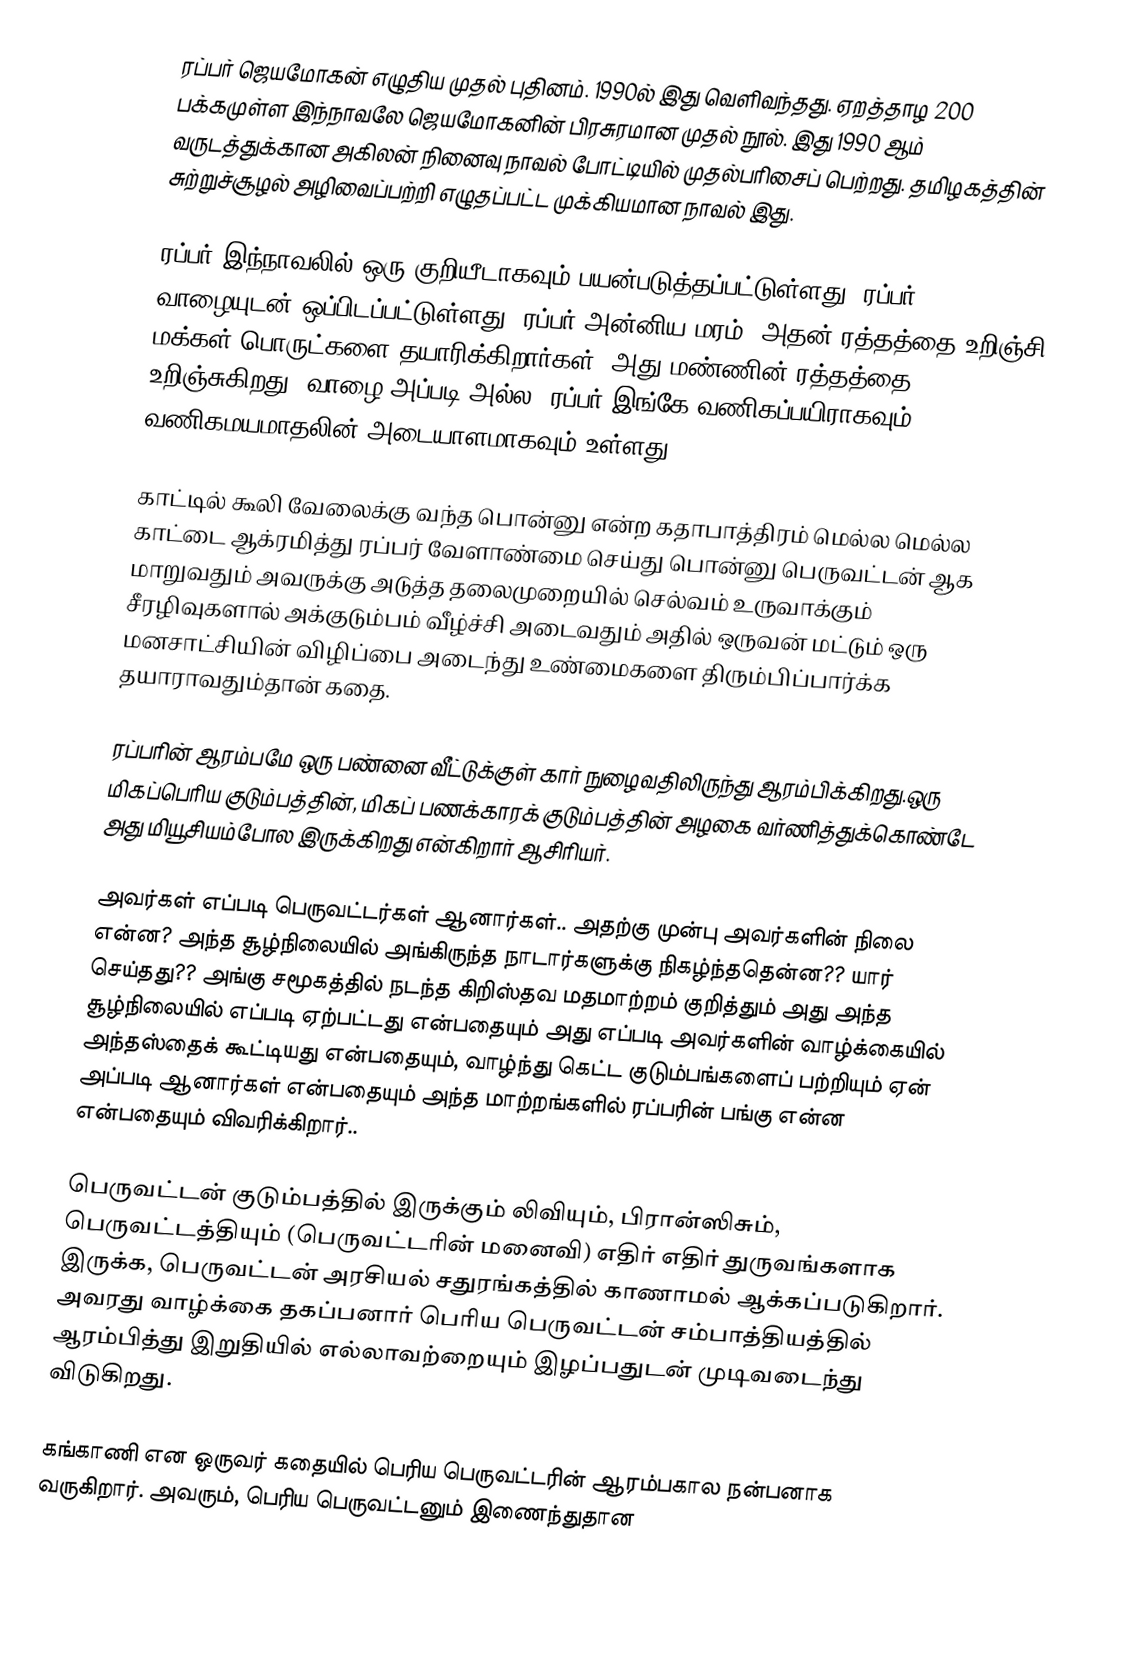
ரப்பர் ஜெயமோகன் எழுதிய முதல் புதினம். 1990ல் இது வெளிவந்தது. ஏறத்தாழ 200 பக்கமுள்ள இந்நாவலே ஜெயமோகனின் பிரசுரமான முதல் நூல். இது 1990 ஆம் வருடத்துக்கான அகிலன் நினைவு நாவல் போட்டியில் முதல்பரிசைப் பெற்றது. தமிழகத்தின் சுற்றுச்சூழல் அழிவைப்பற்றி எழுதப்பட்ட முக்கியமான நாவல் இது.

ரப்பர் இந்நாவலில் ஒரு குறியீடாகவும் பயன்படுத்தப்பட்டுள்ளது. ரப்பர் வாழையுடன் ஒப்பிடப்பட்டுள்ளது. ரப்பர் அன்னிய மரம். அதன் ரத்தத்தை உறிஞ்சி மக்கள் பொருட்களை தயாரிக்கிறார்கள். அது மண்ணின் ரத்தத்தை உறிஞ்சுகிறது. வாழை அப்படி அல்ல. ரப்பர் இங்கே வணிகப்பயிராகவும் வணிகமயமாதலின் அடையாளமாகவும் உள்ளது

காட்டில் கூலி வேலைக்கு வந்த பொன்னு என்ற கதாபாத்திரம் மெல்ல மெல்ல காட்டை ஆக்ரமித்து ரப்பர் வேளாண்மை செய்து பொன்னு பெருவட்டன் ஆக மாறுவதும் அவருக்கு அடுத்த தலைமுறையில் செல்வம் உருவாக்கும் சீரழிவுகளால் அக்குடும்பம் வீழ்ச்சி அடைவதும் அதில் ஒருவன் மட்டும் ஒரு மனசாட்சியின் விழிப்பை அடைந்து உண்மைகளை திரும்பிப்பார்க்க தயாராவதும்தான் கதை.

ரப்பரின் ஆரம்பமே ஒரு பண்னை வீட்டுக்குள் கார் நுழைவதிலிருந்து ஆரம்பிக்கிறது.ஒரு மிகப்பெரிய குடும்பத்தின், மிகப் பணக்காரக் குடும்பத்தின் அழகை வர்ணித்துக்கொண்டே அது மியூசியம்போல இருக்கிறது  என்கிறார் ஆசிரியர்.

அவர்கள் எப்படி பெருவட்டர்கள் ஆனார்கள்.. அதற்கு முன்பு அவர்களின் நிலை என்ன? அந்த சூழ்நிலையில் அங்கிருந்த நாடார்களுக்கு நிகழ்ந்ததென்ன?? யார் செய்தது?? அங்கு சமூகத்தில் நடந்த கிறிஸ்தவ மதமாற்றம் குறித்தும் அது அந்த சூழ்நிலையில் எப்படி ஏற்பட்டது என்பதையும் அது எப்படி அவர்களின் வாழ்க்கையில் அந்தஸ்தைக் கூட்டியது என்பதையும், வாழ்ந்து கெட்ட குடும்பங்களைப் பற்றியும் ஏன் அப்படி ஆனார்கள் என்பதையும்   அந்த மாற்றங்களில் ரப்பரின் பங்கு என்ன என்பதையும்  விவரிக்கிறார்..

பெருவட்டன் குடும்பத்தில் இருக்கும் லிவியும், பிரான்ஸிசும், பெருவட்டத்தியும் (பெருவட்டரின் மனைவி) எதிர் எதிர் துருவங்களாக இருக்க, பெருவட்டன் அரசியல் சதுரங்கத்தில் காணாமல் ஆக்கப்படுகிறார். அவரது வாழ்க்கை தகப்பனார் பெரிய பெருவட்டன் சம்பாத்தியத்தில் ஆரம்பித்து இறுதியில் எல்லாவற்றையும் இழப்பதுடன் முடிவடைந்து விடுகிறது.

கங்காணி என ஒருவர் கதையில் பெரிய பெருவட்டரின் ஆரம்பகால நன்பனாக வருகிறார். அவரும், பெரிய பெருவட்டனும் இணைந்துதான